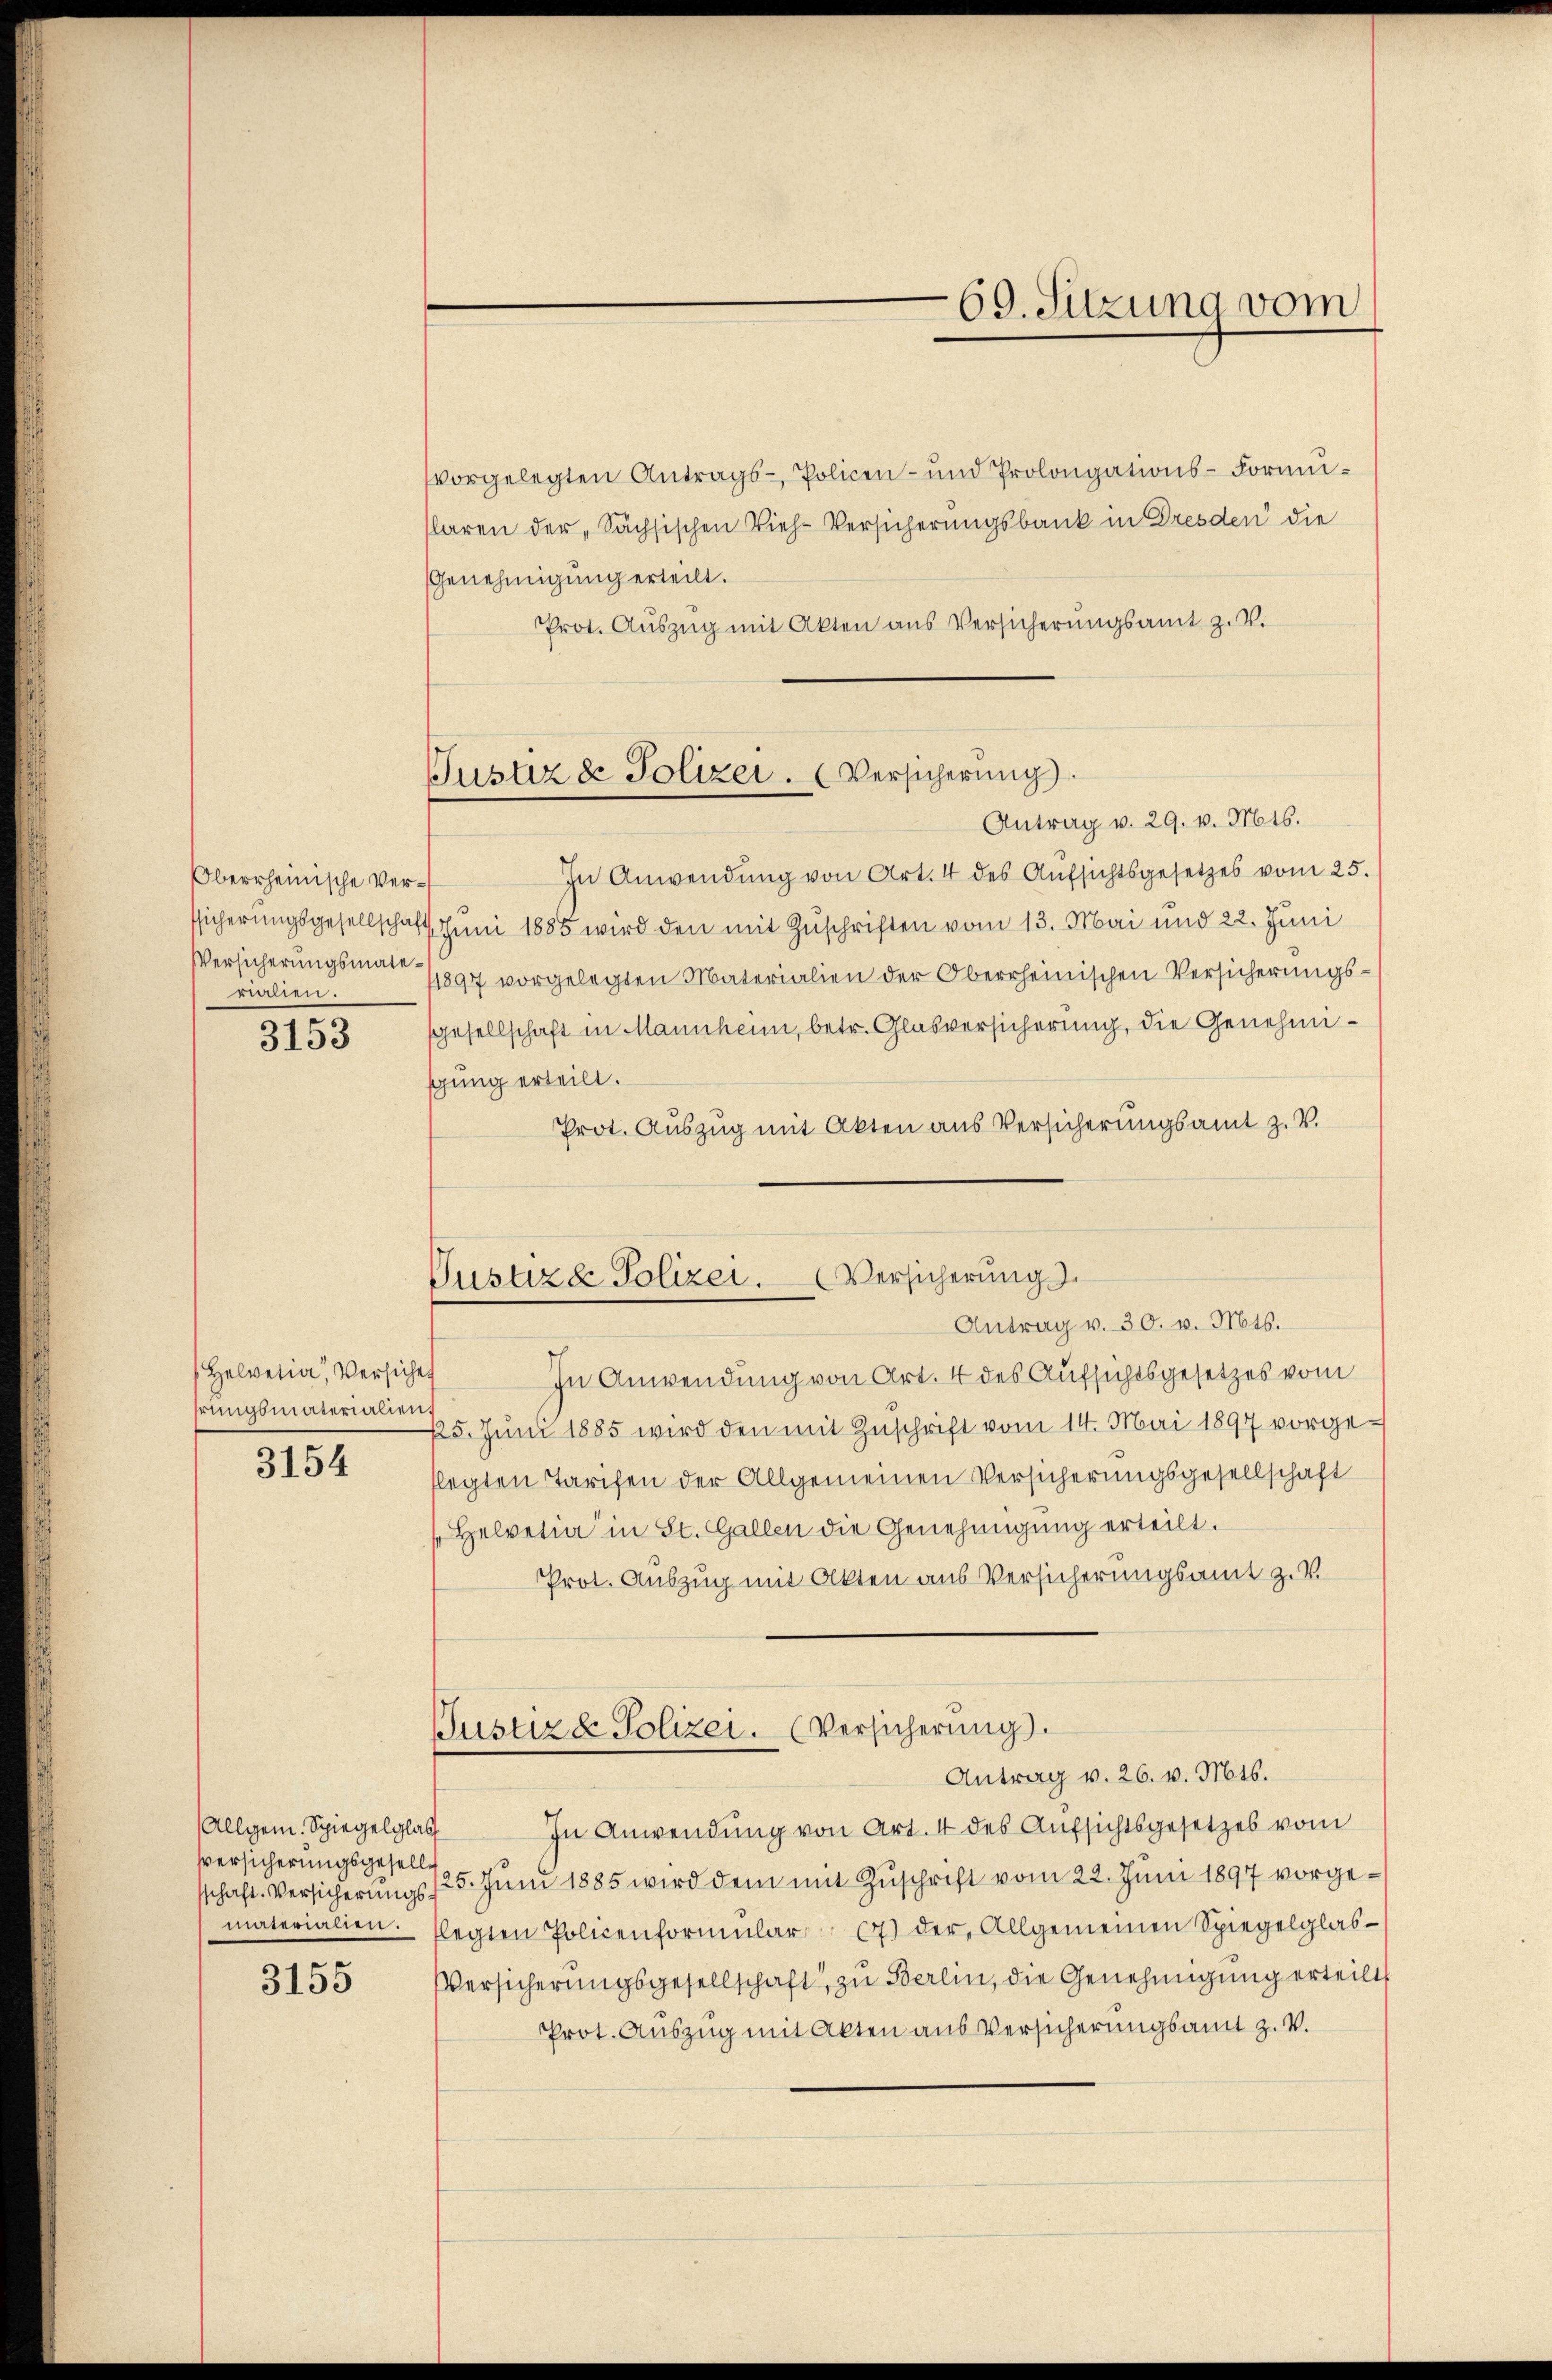
berrheinische Verrien:

3153

Helvetia, Versiche
rungsmaterialien,

3154

Allgem. Spiegelglas
Versicherungsgesellmaterialien.

3155

vorgelegten Antrags- Policen- und Prolongations-Formuslaren der „Sächsischen Vieh-Versicherungsbank in Dresden die
Genehmigung erteilt.
Prot. Aŭszŭg mit Akten aus Versicherŭngsamt Z. V.

Antrag v. 29. v. Mts.
In Anwendung von Art. 4 des Aŭfsichtsgesetzes vom 25.
ssicherungsgesellschaft Juni 1885 wird den mit Zuschriften vom 13. Mai und 22. Juni
Versicherungsmater 1897 vorgelegten Materialien der Oberrheinischen Versicherungssgesellschaft in Mannheim, betr. Glasversicherung, die Genehmigung erteilt.
Prot. Auszug mit Akten aus Versicherungsamt z. V.

Justiz & Polizei. (Versicherung.

69. Sitzung vom

Justiz & Polizei. Versicherung
Antrag v. 30. v. Mts.

In Anwendung von Art. 4 des Aufsichtsgesetzes vom
125. Juni 1885 wird den mit Zuschrift vom 14. Mai 1897 vorge-
flegten Tarifen der Allgemeinen Versicherungsgesellschaft
Helvetia in St. Gallen die Genehmigung erteilt.
Prot. Auszug mit Okten aus Versicherungsamt z. V

Justiz & Polizei. (Versicherung).
Antrag v. 26. v. Mts.

In Anwendung von Art. 4 des Aufsichtsgesetzes vom
sschaft. Versicherungs 125. Juni 1885 wird dem mit Zuschrift vom 22. Juni 1897 vorgelegten Policenformular 7) der Allgemeinen Spiegelglas¬
Versicherungsgesellschaft, zu Berlin, die Genehmigung erteilt
Prot. Auszug mit Akten aus Versicherungsamt z. V.